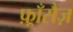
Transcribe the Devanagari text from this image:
फ़्राँसैज़